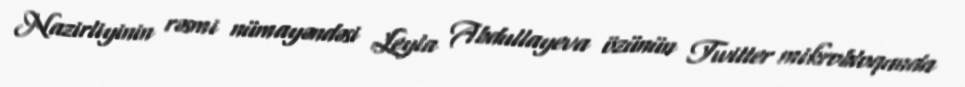
Nazirliyinin rəsmi nümayəndəsi Leyla Abdullayeva özünün Twitter mikrobloqunda